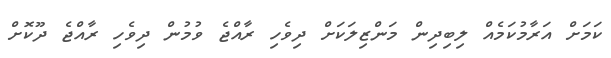
ކަމަށް އަރާމުކަމެއް ލިބިދިން މަންޒިލަކަށް ދިވެހި ރާއްޖެ ވުމުން ދިވެހި ރާއްޖެ ދޫކޮށް